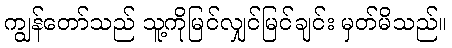
ကျွန်တော်သည် သူ့ကိုမြင်လျှင်မြင်ချင်း မှတ်မိသည်။